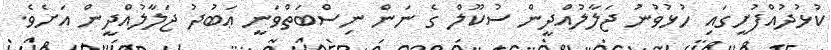
ކުޅުދުއްފުށީގައި ހުޅުވުނު ޖަލާލުއްދީން ސުކޫލް ގެ ނަން ނިސްބަތްވަނީ ޢަބުދު ޖަލާލުއްދީން އަށެވެ.